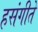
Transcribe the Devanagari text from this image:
हसंगीते